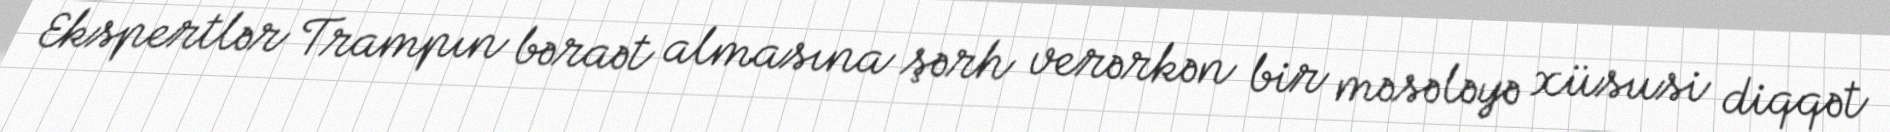
Ekspertlər Trampın bəraət almasına şərh verərkən bir məsələyə xüsusi diqqət